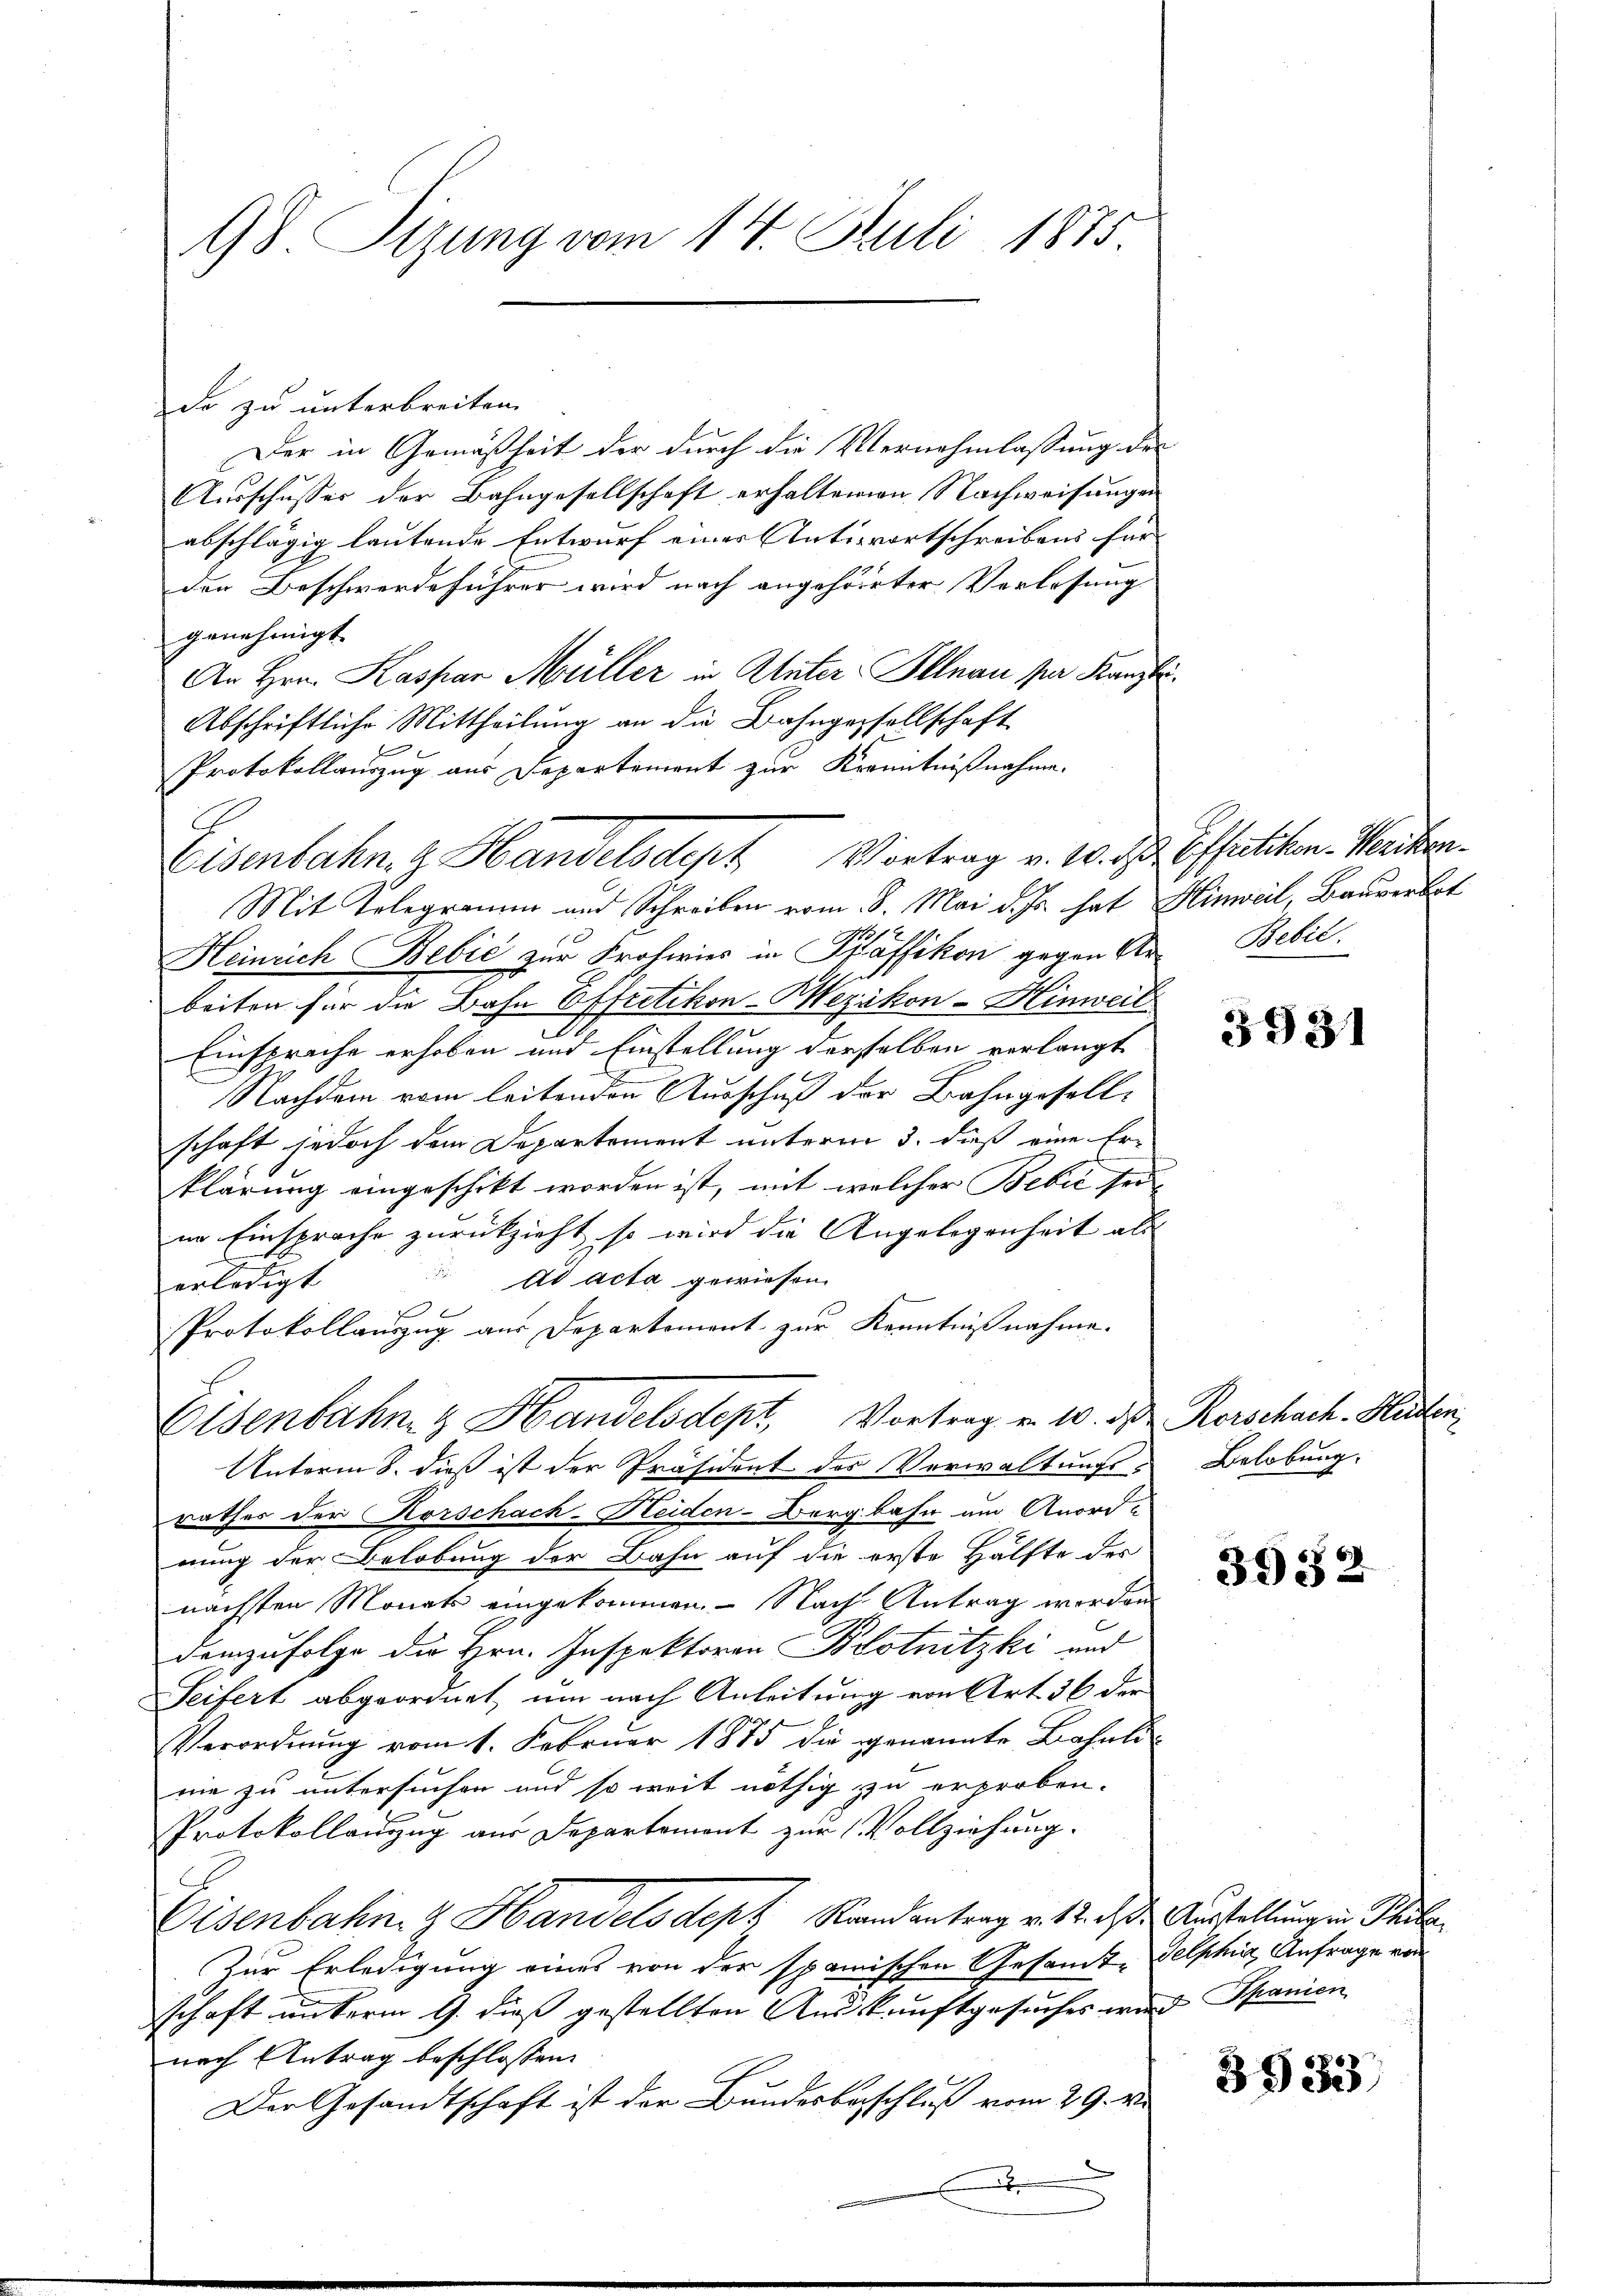
98. Sizung vom 14. Juli 1875.

de zu unterbreiten.
Der in Gemäßheit der durch die Vernehmlassung des
Ausschusses der Bahngesellschaft erhaltenen Nachweisungen
abschlägig lautende Entwurf einer Antwortschreibens für
den Beschwerdeführer wird nach angehöreter Verlassung
genehmigt.
An Hrn. Kaspar Müller in Unter-Illnau par Kanzli¬
Abschriftliche Mittheilung an die Bahngesellschaft
Protokollauszug aus Departement zur Kenntnißnahme.
Mit Telegramm und Schreiben vom 8. Mai d. Js. hat Hinweil, Bauverbot
Heinrich Bebić zur Frohwies in Pfäffikon gegen der Bebil
beiten für die Bahn Effretikon-Wezikon-Hinweil
Einsprache erhoben und Einstellung derselben verlangt
Nachdem vom leitenden Ausschuß der Bahngesellschaft jedoch dem Departement unterm 3. dieß eine Er-
klärung eingeschikt worden ist, mit welcher Bebić sei-
in Einsprache zurückzieht, so wird die Angelegenheit als
Ad acta gewiesen.
erledigt |
x
d
Protokollauszug aus Departement zur Kenntnißnahme.
Eisenbahng Handelsdept, Vortrag u. 10. d. Kerschach. Hu
UInterm 8. dieß ist der Präsident des Verwaltungsrathes der Korschach-Heiden-Bergbahn um Anord-
nung der Belobung der Bahn auf die erste Hälfte des
nächsten Monats eingekommen - Nach Antrag worden.
demzufolge die Hrn. Inspektoren Blotnitzki und
Seifert abgeordnet, um nach Anleitung von Art. 36 der
Verordnung vom 1. Februar 1875 die genannte Bahnlime zu untersuchen und so weit nöthig zu erproben.
Protokollanzug aus Departement zur Vollziehung.
Eisenbahn & Handelsdept Randantrag v. 18. d. Ausstellung in Thi
Zur Erledigung eines von der spanischen Gesamte Selphi Anfrage von
schaft unterm 9. dieß gestellten Auskunftgesuches wird Spanien
nach Antrag beschlossen:
Der Gesandtschaft ist der Bundesbeschluß vom 29. v.
x

Eisenbahn, z. Handelsdept Vortrag v. 10. d. Effretikon-Werikan¬

5931

Belobung.

3952

3933

en

2.